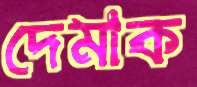
দেমাক